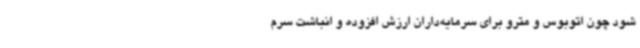
شود چون اتوبوس و مترو برای سرمایه‌داران ارزش افزوده‌ و انباشت سرم